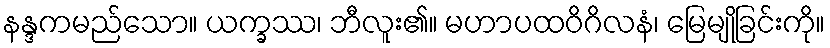
နန္ဒကမည်သော။ ယက္ခဿ၊ ဘီလူး၏။ မဟာပထဝိဂိလနံ၊ မြေမျိုခြင်းကို။